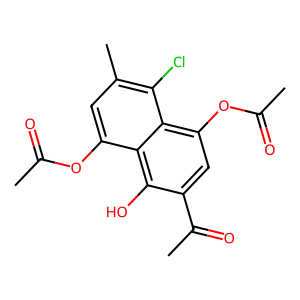
SMILES: CC(=O)Oc1cc(C)c(Cl)c2c(OC(C)=O)cc(C(C)=O)c(O)c12
Inhibits HIV replication: No